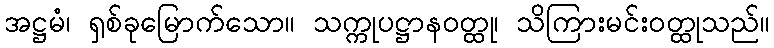
အဋ္ဌမံ၊ ရှစ်ခုမြောက်သော။ သက္ကုပဋ္ဌာနဝတ္ထု၊ သိကြားမင်းဝတ္ထုသည်။